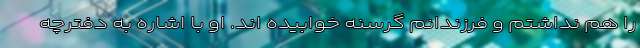
را هم نداشتم و فرزندانم گرسنه خوابیده اند. او با اشاره به دفترچه